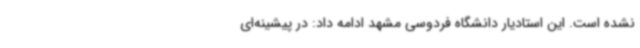
نشده است. این استادیار دانشگاه فردوسی مشهد ادامه داد: در پیشینه‌ای